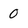
Character: 0